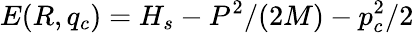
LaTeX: E(R,q_{c})=H_{s}-P^{2}/(2M)-p_{c}^{2}/2